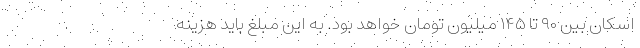
اسکان بین ۹۰ تا ۱۴۵ میلیون تومان خواهد بود. به این مبلغ باید هزینه